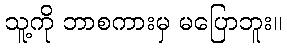
သူ့ကို ဘာစကားမှ မပြောဘူး။